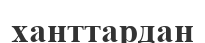
ханттардан